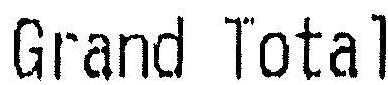
GRAND TOTAL